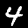
Label: 4